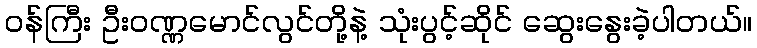
ဝန်ကြီး ဦးဝဏ္ဏမောင်လွင်တို့နဲ့ သုံးပွင့်ဆိုင် ဆွေးနွေးခဲ့ပါတယ်။